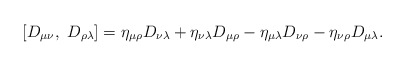
\begin{align*}\left[ D_{\mu \nu },\ D_{\rho \lambda }\right] =\eta _{\mu \rho }D_{\nu\lambda }+\eta _{\nu \lambda }D_{\mu \rho }-\eta _{\mu \lambda }D_{\nu \rho}-\eta _{\nu \rho }D_{\mu \lambda }. \end{align*}